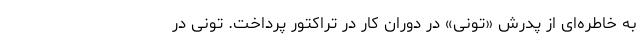
به خاطره‌ای از پدرش «تونی» در دوران کار در تراکتور پرداخت. تونی در